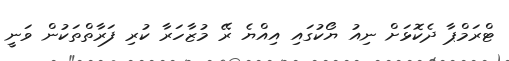
ޓްރަމްޕާ ދެކޮޅަށް ނިއު ޔޯކުގައި އިއްޔެ ރޭ މުޒާހަރާ ކުރި ފަރާތްތަކުން ވަނީ